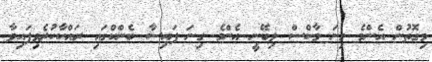
މިގޮތުން އެންމެ ގިނަ މާކްސް ލިބޭނީ އެންމެ ގިނަ ފައިސާ ބެންކްގައި ރައްކާކުރެވިފައިވާ